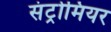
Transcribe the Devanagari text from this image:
संट्रोमियर